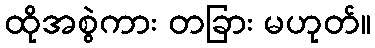
ထိုအစွဲကား တခြား မဟုတ်။